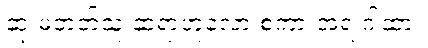
ဆုံးမတတ်သူ ဆရာဟူလော့ စကားအရ ဂါထာ။